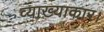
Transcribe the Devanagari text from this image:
व्याख्याकार।